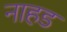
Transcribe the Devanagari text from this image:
नाहड